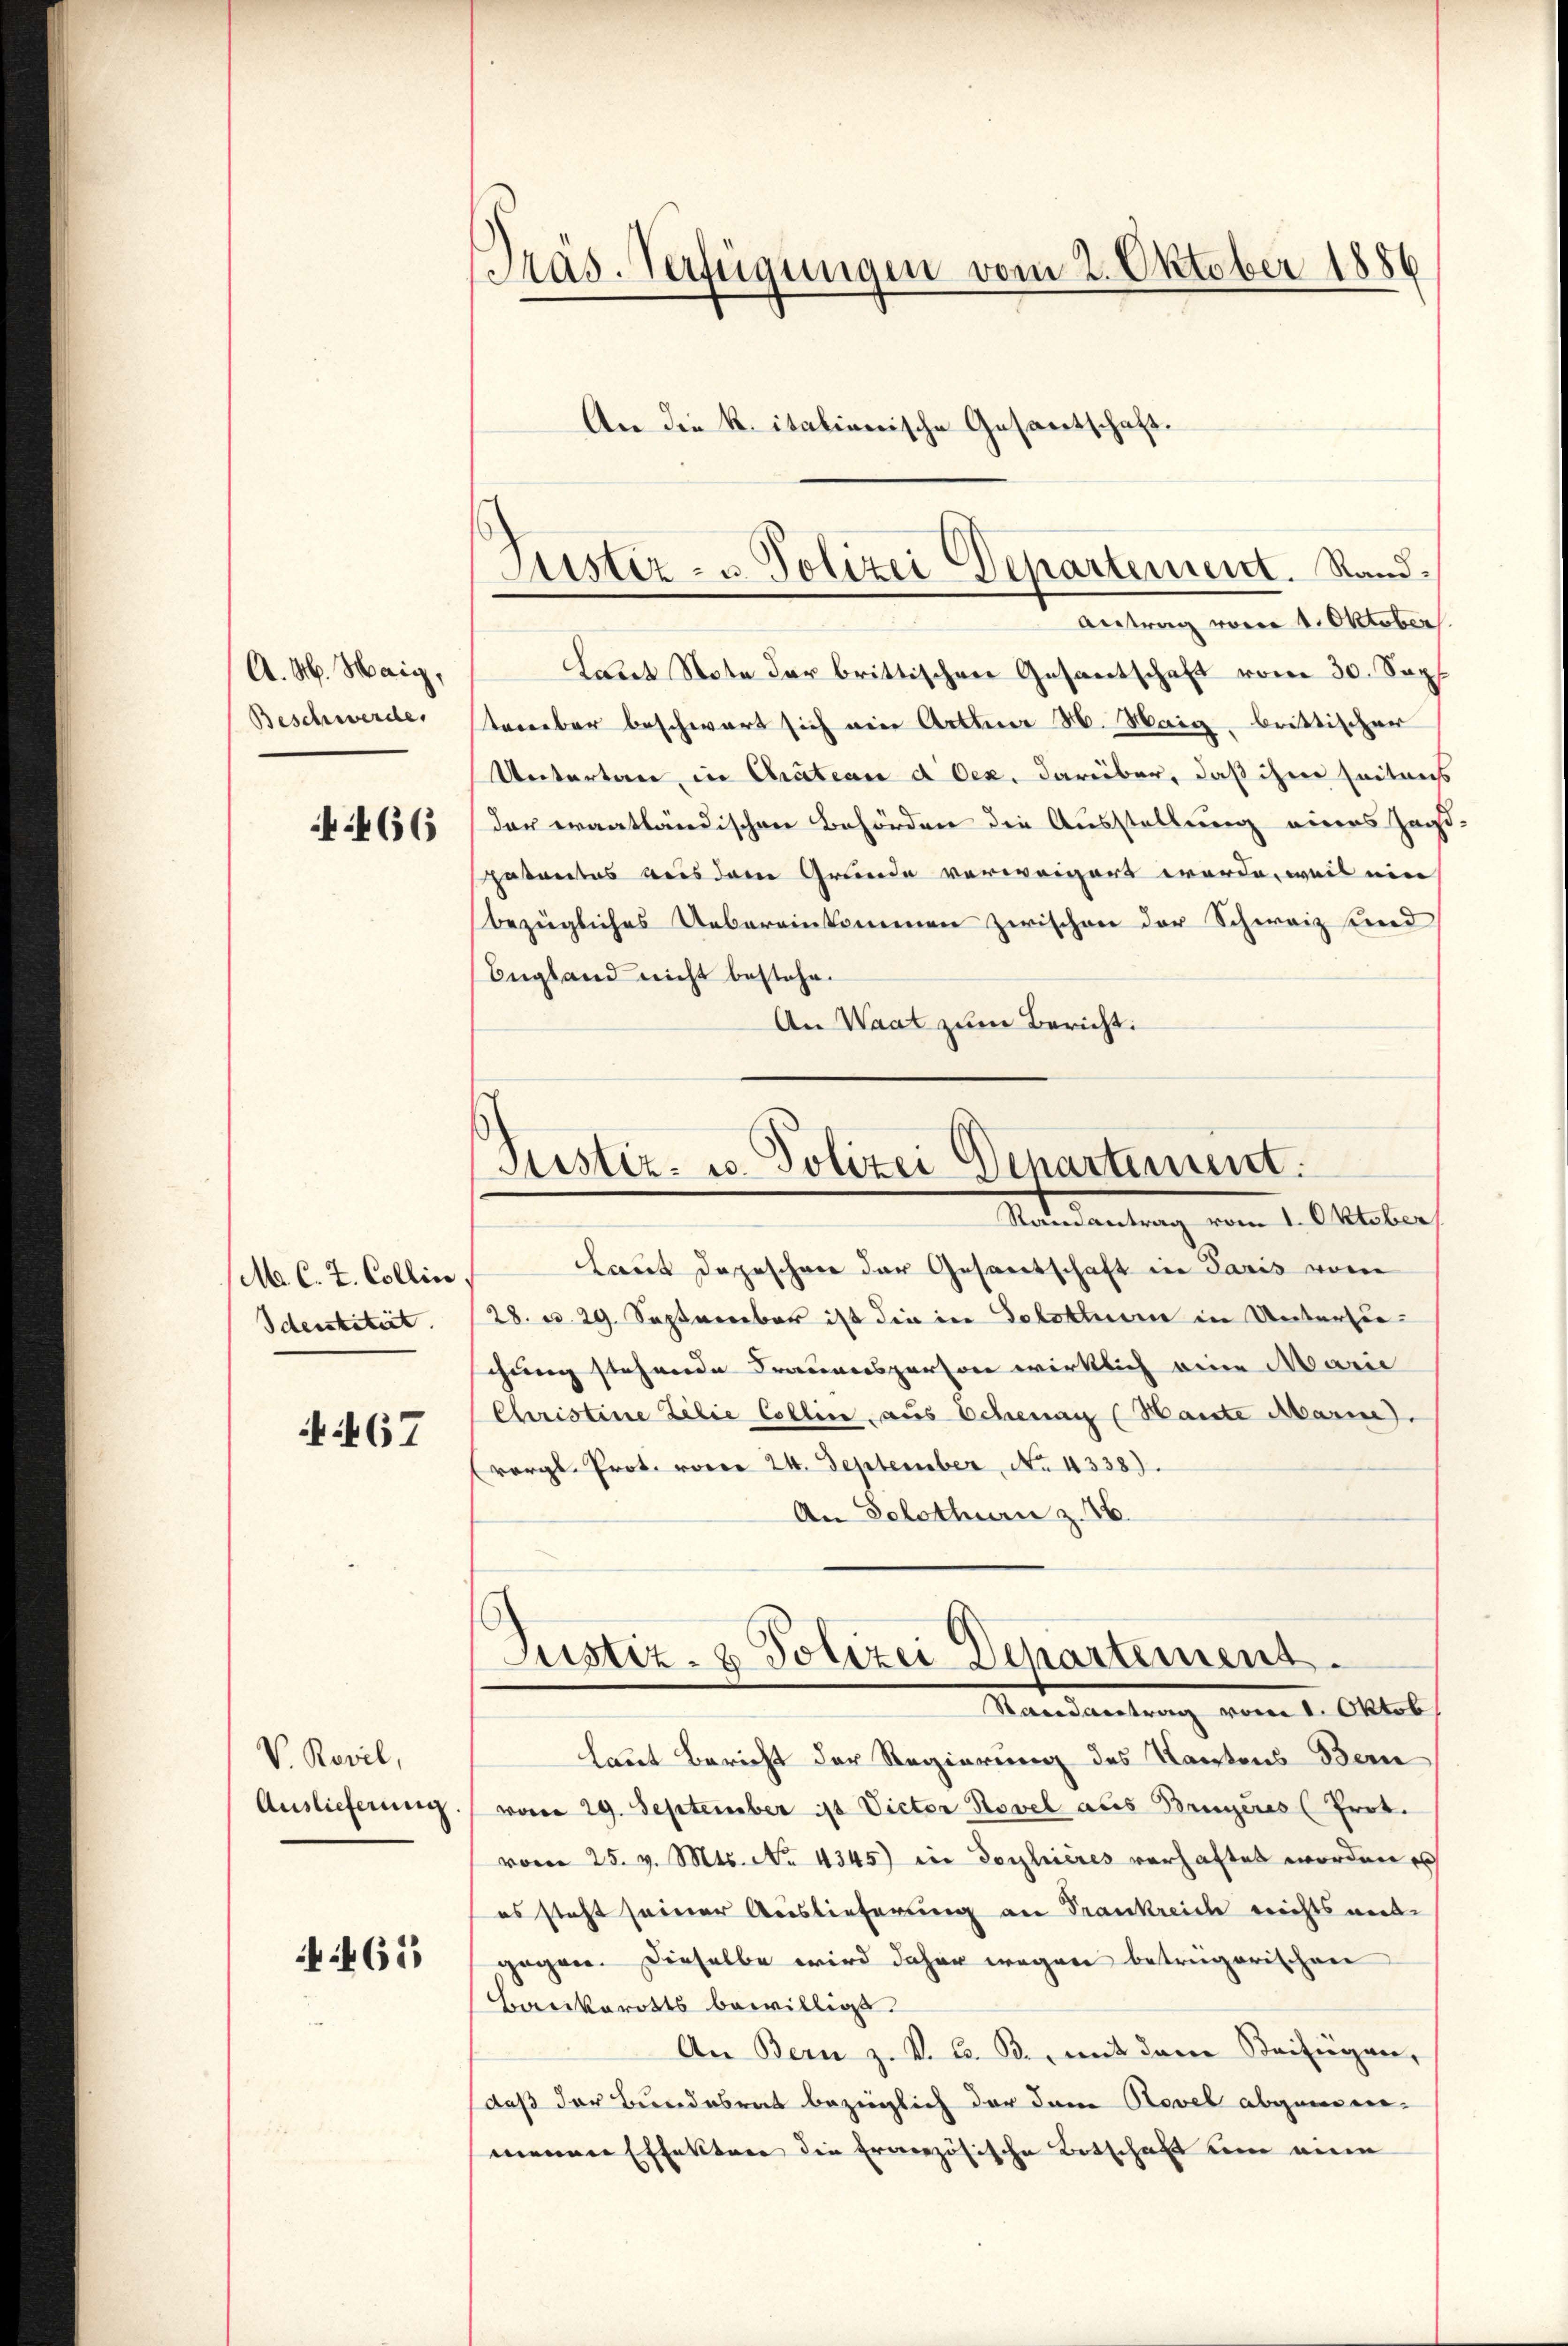
A. M. Haig,
Beschwerde,

466

M. C. L. Collin
Idenstituit

467

V. Rovil,
Auslieferung

461

Präs. Verfügungen vom 2. Oktober 1886
An die k. italienische Gesantschaft.

Laut Note der brittischen Gesantschaft vom 30. Soph
tenbar beschwart sich ein Arten M. Maig, brittischer
Untertan in Chateau d Oex. darüber, daß ihm seitens
der erantländischen Behörden die Ausstellung eines Jagd-
patentes aus dem Grunde verweigert werde, weil ein
bezügliches Uebereinkommen zwischen der Schweiz und
England nicht bestehe.
An Waat zum Bericht:

Justiz- u. Polizei Departement. Stand¬
Antrag vom 1. Oktober.

Justiz- u. Polizei Departement
Mantendantung vom 1. Oktober

Laut dageschon der Gesantschaft in Paris vom
(28. v. 29. Septererber ist die in Solothurn in Unterliechung stehende Frauensperson wirklich eine Marie
Christine Zelie Collire, aus Schenau (Haute Marie.
vergl. Prot. vorer 24. September, No. 4338)
An Solothurn z. 16.
Kardankung vom 1. Oktob
laut Bericht der Regierung des Kantons-Bern
vom 29. September 18 Victor Novel aus Brugeres (Prot.
vom 25. v. Mts. No. 4345) in Dorlieres verhaftet worden es
es steht seiner Auslieferung an Frankreich nichts mit
gegen. Dieselbe wird daher wegen betrügerischen
Backerotts bewilligt.
An Bern z. V. B. B., mit dem Beifügen,
daß der Bundesrat bezüglich der dann Rovel abgenomemeiner Effekter die französische Botschaft um eine

Justiz- & Polizei Departement